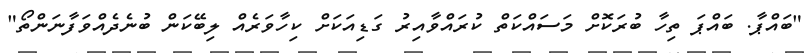
"ބައްޕާ. ބައްޕަ ތިހާ ބުރަކޮށް މަސައްކަތް ކުރައްވާއިރު ގަޑިއަކަށް ކިހާވަރެއް ލިބޭކަން ބުނެދެއްވަފާނަންތޯ"